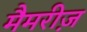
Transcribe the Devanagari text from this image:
मैमरीज़